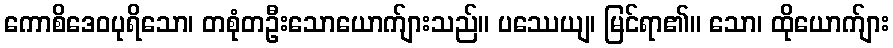
ကောစိဒေဝပုရိသော၊ တစုံတဦးသောယောက်ျားသည်။ ပဿေယျ၊ မြင်ရာ၏။ သော၊ ထိုယောက်ျား